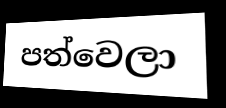
පත්වෙලා